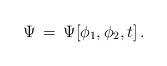
LaTeX: \begin{align*}\Psi\, =\, \Psi [\phi_1 , \phi_2 , t ]\, .\end{align*}